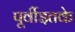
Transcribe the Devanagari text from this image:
पूर्वीइतके